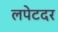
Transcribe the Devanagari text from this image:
लपेटदर